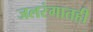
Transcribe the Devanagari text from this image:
जलरंगातही